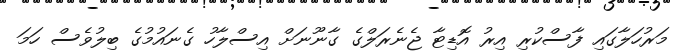
މަރުހަލާގައި ފާސްކުރި އިރު އޮޑިޓާ ޖެނެރަލްގެ ގާނޫނަށް އިސްލާހު ގެނައުމުގެ ބިލުވެސް ހަމަ